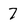
Character: 7